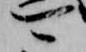
可